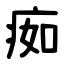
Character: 㾒